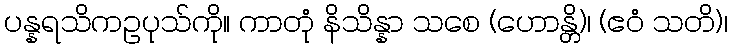
ပန္နရသိကဥပုသ်ကို။ ကာတုံ နိသိန္နာ သစေ (ဟောန္တိ)၊ (ဧဝံ သတိ)၊